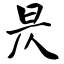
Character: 昃